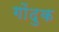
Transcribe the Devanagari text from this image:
गोंदुक